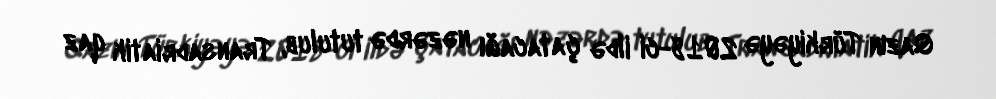
Qazın Türkiyəyə 2018-ci ildə çatacağı nəzərdə tutulub, Transadriatik qaz